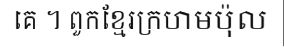
គេ ។ ពួកខ្មែរក្រហមប៉ុល